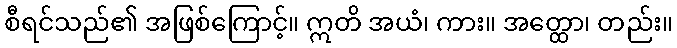
စီရင်သည်၏ အဖြစ်ကြောင့်။ ဣတိ အယံ၊ ကား။ အတ္ထော၊ တည်း။